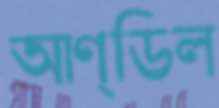
আণ্ডিল